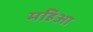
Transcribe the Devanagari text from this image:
महिआ